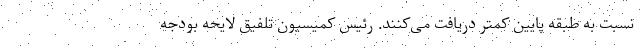
نسبت به طبقه پایین کمتر دریافت می‌کنند. رئیس کمیسیون تلفیق لایحه بودجه